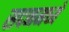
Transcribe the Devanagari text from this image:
सदनमध्ये